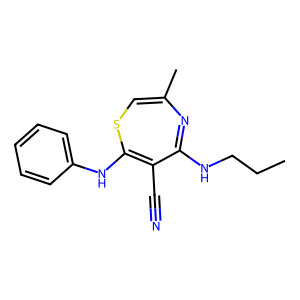
SMILES: CCCNC1=NC(C)=CSC(Nc2ccccc2)=C1C#N
Inhibits HIV replication: No